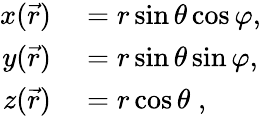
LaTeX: \begin{array}{rl}{x(\vec{r})}&{{}=r\sin\theta\cos\varphi,}\\ {y(\vec{r})}&{{}=r\sin\theta\sin\varphi,}\\ {z(\vec{r})}&{{}=r\cos\theta\; ,}\end{array}